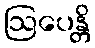
ဩပေန္တိ